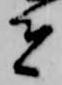
者